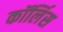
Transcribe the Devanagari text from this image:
कॉर्लिस